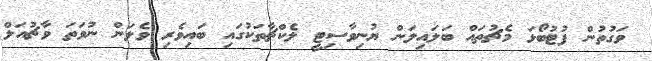
ވަގުތުން ފުޓުބޯޅަ މެޗުތައް ބަލައިލަން ޔުނިވާސިޓީ ލެކްޗާތަކުގައި ބައިވެރި ވެލަން ނުވަތަ ވާޗުއަލް